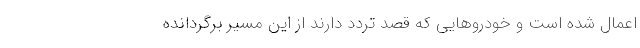
اعمال شده است و خودروهایی که قصد تردد دارند از این مسیر برگردانده